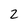
Character: 2